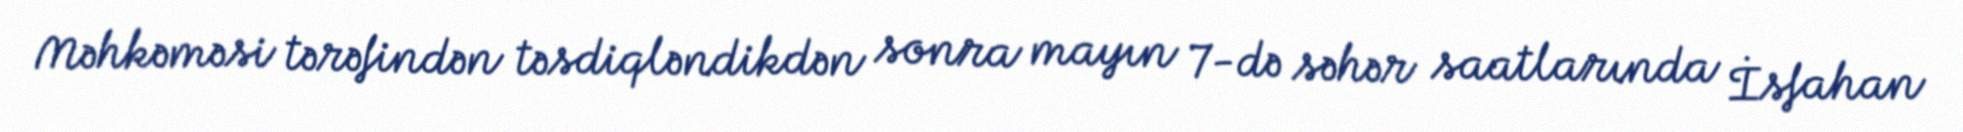
Məhkəməsi tərəfindən təsdiqləndikdən sonra mayın 7-də səhər saatlarında İsfahan